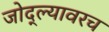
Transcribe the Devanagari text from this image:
जोद्ल्यावरच